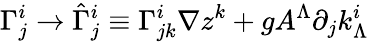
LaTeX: \Gamma_{j}^{i}\rightarrow\hat{\Gamma}_{j}^{i}\equiv\Gamma_{jk}^{i}\nabla z^{k}+gA^{\Lambda}\partial_{j}k_{\Lambda}^{i}